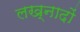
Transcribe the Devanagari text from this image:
लख्नादों